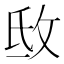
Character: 𢼕